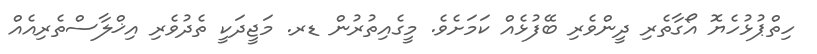
ހިތްޕުޅުހެޔޮ އޯގާތެރި ދީންވެރި ބޭފުޅެއް ކަމަށެވެ. މީގެއިތުރުން ޑރ. މަޖީދަކީ ތެދުވެރި އިޚްލާސްތެރިއެއް